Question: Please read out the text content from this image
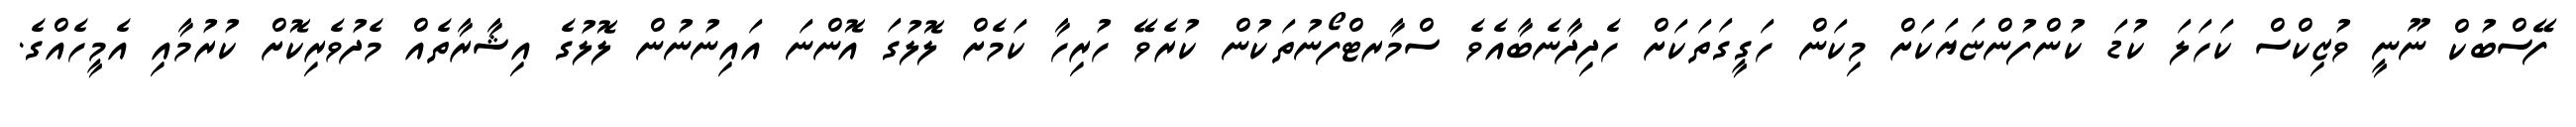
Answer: ފޭސްބުކް ނޫނީ ވުޒިކްސް ކަހަލަ ކުޑަ ކުންފުންޏަޔަކަށް މިކަން ހަގީގަތަކަށް ހެދިދާނެބާއެވެ ސްމާރޓްފޯނުތަކުން ކުރެވޭ ހުރިހާ ކަމެށް ލޮލުގަ އޮންނަ އައިނުނުން ލޮލުގެ އިޝާރާތެއް މެދުވެރިކޮށް ކުރުމާއި އެމީހެއްގެ.